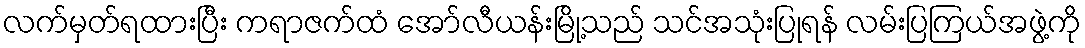
လက်မှတ်ရထားပြီး ကရာဇက်ထံ အော်လီယန်းမြို့သည် သင်အသုံးပြုရန် လမ်းပြကြယ်အဖွဲ့ကို